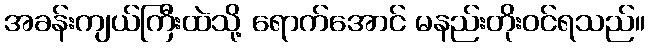
အခန်းကျယ်ကြီးထဲသို့ ရောက်အောင် မနည်းတိုးဝင်ရသည်။